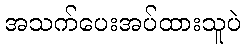
အသက်ပေးအပ်ထားသူပဲ